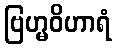
ဗြဟ္မဝိဟာရံ